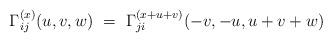
LaTeX: \begin{align*}{\Gamma}^{(x)}_{ij}(u,v,w)\ =\ {\Gamma}^{(x+u+v)}_{ji}(-v,-u,u+v+w)\end{align*}